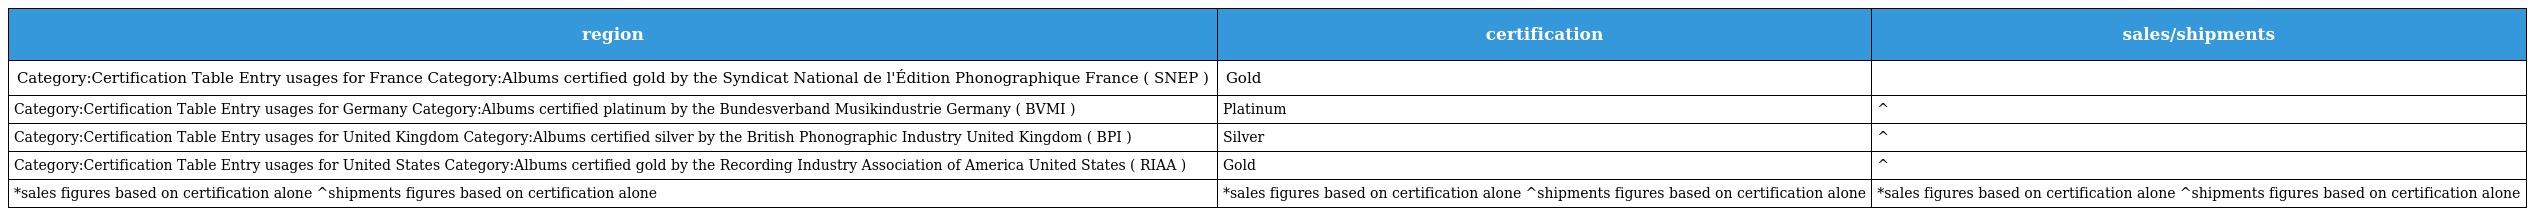
| region | certification | sales/shipments |
 | --- | --- | --- |
 | Category:Certification Table Entry usages for France Category:Albums certified gold by the Syndicat National de l'Édition Phonographique France ( SNEP ) | Gold |  |
 | Category:Certification Table Entry usages for Germany Category:Albums certified platinum by the Bundesverband Musikindustrie Germany ( BVMI ) | Platinum | ^ |
 | Category:Certification Table Entry usages for United Kingdom Category:Albums certified silver by the British Phonographic Industry United Kingdom ( BPI ) | Silver | ^ |
 | Category:Certification Table Entry usages for United States Category:Albums certified gold by the Recording Industry Association of America United States ( RIAA ) | Gold | ^ |
 | *sales figures based on certification alone ^shipments figures based on certification alone | *sales figures based on certification alone ^shipments figures based on certification alone | *sales figures based on certification alone ^shipments figures based on certification alone |